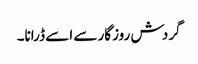
گردش روزگار سے اسے ڈرانا۔